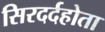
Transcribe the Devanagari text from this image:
सिरदर्दहोता